Report on the bubonic plague in Bombay, 1896-1897
Year: 1896
Disease focus: Plague
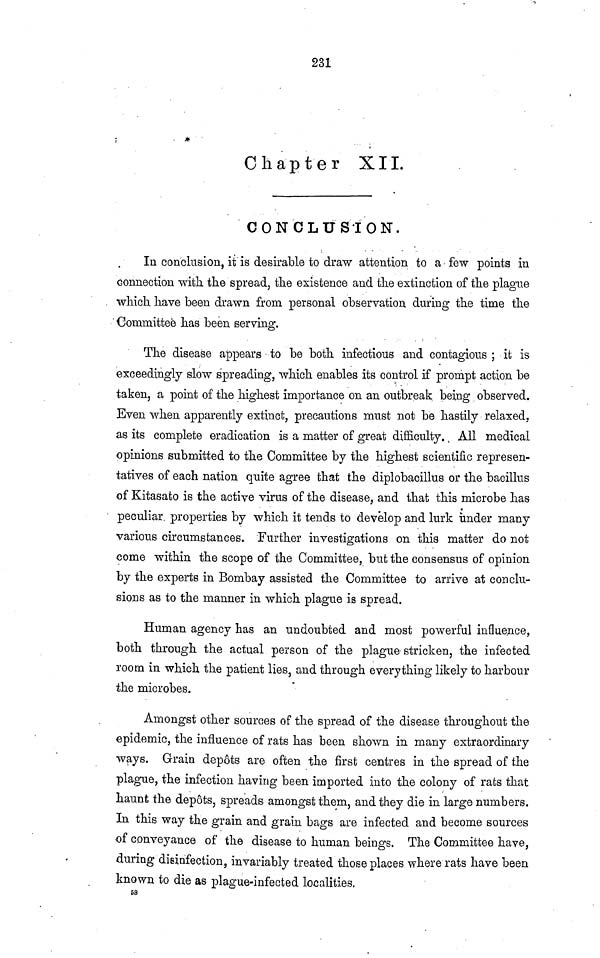
231
Chapter
XII.
CONCLUSION.
In conclusion, it is desirable to draw attention to a few points in
connection with, the spread, the existence and the extinction of the plague
which have been drawn from personal observation during the time the
Committee has been serving.
The disease appears to be both infectious and contagious ; it is
exceedingly slow spreading, which enables its control if prompt action be
taken, a point of the highest importance on an outbreak being observed.
Even when apparently extinct, precautions must not be hastily relaxed,
as its complete eradication is a matter of great difficulty. All medical
opinions submitted to the Committee by the highest scientific represen-
tatives of each nation quite agree that the diplobacillus or the bacillus
of Kitasato is the active virus of the disease, and that this microbe has
peculiar properties by which it tends to develop and lurk under many
various circumstances. Further investigations on this matter do not
come within the scope of the Committee, but the consensus of opinion
by the experts in Bombay assisted the Committee to arrive at conclu-
sions as to the manner in which plague is spread.
Human agency has an undoubted and most powerful influence,
both through the actual person of the plague stricken, the infected
room in which the patient lies, and through everything likely to harbour
the microbes.
Amongst other sources of the spread of the disease throughout the
epidemic, the influence of rats has been shown in many extraordinary
ways. Grain depots are often the first centres in the spread of the
plague, the infection having been imported into the colony of rats that
haunt the depots, spreads amongst them, and they die in large numbers.
In this way the grain and grain bags are infected and become sources
of conveyance of the disease to human beings. The Committee have,
during disinfection, invariably treated those places where rats have been
known to die as plague-infected localities.
58